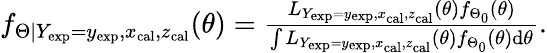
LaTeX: \begin{array}{r}{f_{\Theta|Y_{\mathrm{exp}}=y_{\mathrm{exp}},x_{\mathrm{cal}},z_{\mathrm{cal}}}(\theta)=\frac{L_{Y_{\mathrm{exp}}=y_{\mathrm{exp}},x_{\mathrm{cal}},z_{\mathrm{cal}}}(\theta)f_{\Theta_{0}}(\theta)}{\int L_{Y_{\mathrm{exp}}=y_{\mathrm{exp}},x_{\mathrm{cal}},z_{\mathrm{cal}}}(\theta)f_{\Theta_{0}}(\theta)\mathrm{d}\theta}.}\end{array}